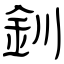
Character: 釧